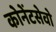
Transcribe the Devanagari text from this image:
कोनेंटसेवो